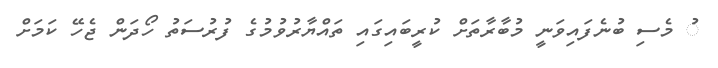
ު މެސި ބުނެފައިވަނީ މުބާރާތަށް ކުރީބައިގައި ތައްޔާރުވުމުގެ ފުރުސަތު ހޯދަން ޖެހޭ ކަމަށް